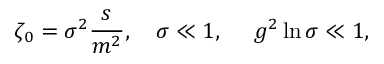
\zeta _ { 0 } = \sigma ^ { 2 } { \frac { s } { m ^ { 2 } } } , ~ ~ ~ \sigma \ll 1 , ~ ~ ~ ~ g ^ { 2 } \ln \sigma \ll 1 ,